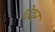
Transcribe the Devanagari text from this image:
धेवर